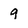
Character: q